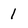
Character: 1